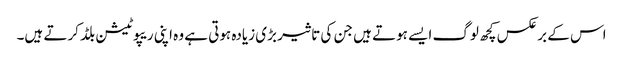
اس کے برعکس کچھ لوگ ایسے ہوتے ہیں جن کی تاثیر بڑی زیادہ ہوتی ہے وہ اپنی ریپوٹیشن بلڈ کرتے ہیں۔